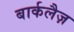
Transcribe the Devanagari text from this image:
बार्कलैज़